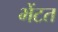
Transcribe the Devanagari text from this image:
भेंटत